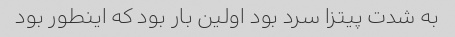
به شدت پیتزا سرد بود اولین بار بود که اینطور بود